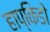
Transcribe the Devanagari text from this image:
हाप्किडो